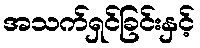
အသက်ရှင်ခြင်းနှင့်